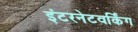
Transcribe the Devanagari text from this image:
इंटरनेटवर्किंग